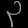
Digit: ၃